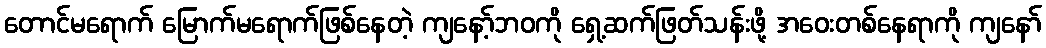
တောင်မရောက် မြောက်မရောက်ဖြစ်နေတဲ့ ကျနော့်ဘဝကို ရှေ့ဆက်ဖြတ်သန်းဖို့ အဝေးတစ်နေရာကို ကျနော်